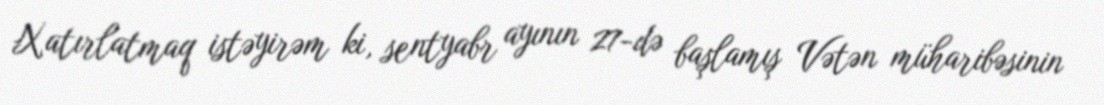
Xatırlatmaq istəyirəm ki, sentyabr ayının 27-də başlamış Vətən müharibəsinin